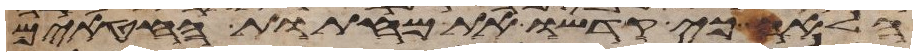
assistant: הלאה כי קדשו את מחתות החטאים